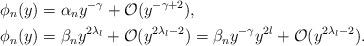
LaTeX: \begin{align*} \phi_{n}(y)&=\alpha_{n}y^{-\gamma}+\mathcal O(y^{-\gamma+2}),\\ \phi_{n}(y)&=\beta_{n}y^{2\lambda_{l}}+\mathcal O(y^{2\lambda_{l}-2})=\beta_{n}y^{-\gamma}y^{2l}+\mathcal O(y^{2\lambda_{l}-2}). \end{align*}